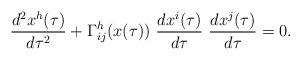
LaTeX: \begin{align*}\frac{d^2x^h(\tau)}{d\tau^2}+\Gamma^h_{ij}(x(\tau))\ \frac{dx^i(\tau)}{d\tau}\ \frac{dx^j(\tau)}{d\tau}=0.\end{align*}